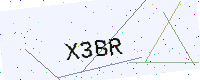
Text: X3BR